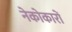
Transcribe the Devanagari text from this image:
नेकोकारों